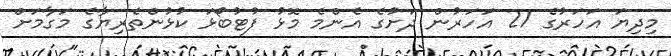
މިދިޔަ އަހަރުގެ 21 އަހަރުން ދަށުގެ އެންމެ މޮޅު ފުޓުބޯޅަ ކުޅުންތެރިޔާގެ މަގާމަށް